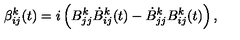
\beta _ { i j } ^ { k } ( t ) = i \left( B _ { j j } ^ { k } \dot { B } _ { i j } ^ { k } ( t ) - \dot { B } _ { j j } ^ { k } B _ { i j } ^ { k } ( t ) \right) ,